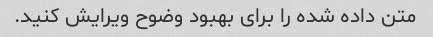
متن داده شده را برای بهبود وضوح ویرایش کنید.